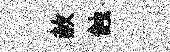
赦蝕